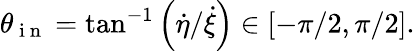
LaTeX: \theta_{\mathrm{~i~n~}}=\tan^{-1}\left(\dot{\eta}/\dot{\xi}\right)\in[-\pi/2,\pi/2].